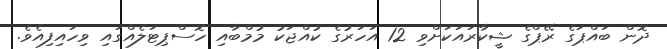
ދޮން ބައްޕަގެ ރޭޕްގެ ޝީކާރައަކަށްވި 12 އަހަރުގެ ކުއްޖަކު މުމްބާއި ހޮސްޕިޓަލެއްގައި ވިހައިފިއެވެ.